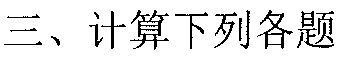
三、计算下列各题